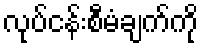
လုပ်ငန်းစီမံချက်ကို